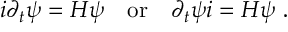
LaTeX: i \partial _ { t } \psi = H \psi ~ ~ ~ \mathrm { o r } ~ ~ ~ \partial _ { t } \psi i = H \psi ~ .